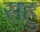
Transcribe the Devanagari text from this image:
सहु